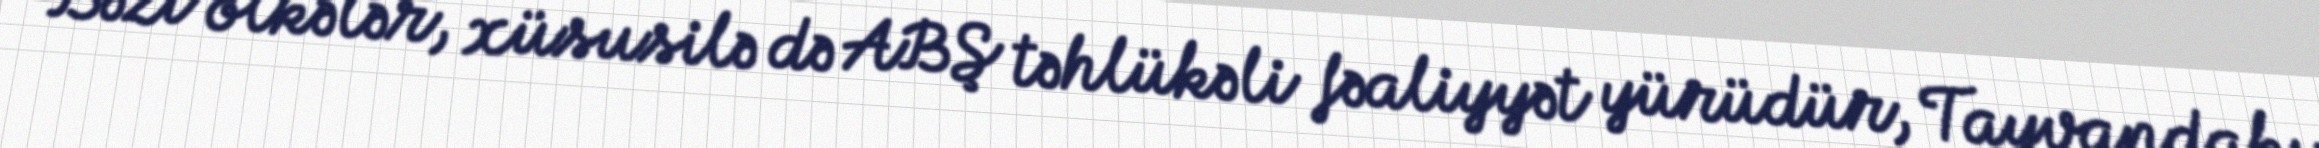
“Bəzi ölkələr, xüsusilə də ABŞ təhlükəli fəaliyyət yürüdür, Tayvandakı